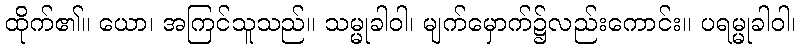
ထိုက်၏။ ယော၊ အကြင်သူသည်။ သမ္မုခါဝါ၊ မျက်မှောက်၌လည်းကောင်း။ ပရမ္မုခါဝါ၊